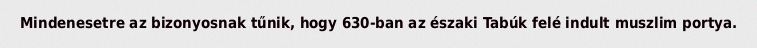
Mindenesetre az bizonyosnak tűnik, hogy 630-ban az északi Tabúk felé indult muszlim portya.